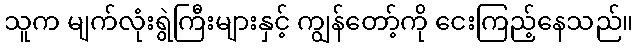
သူက မျက်လုံးရွဲကြီးများနှင့် ကျွန်တော့်ကို ငေးကြည့်နေသည်။